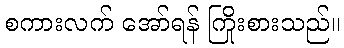
စကားလက် အော်ရန် ကြိုးစားသည်။